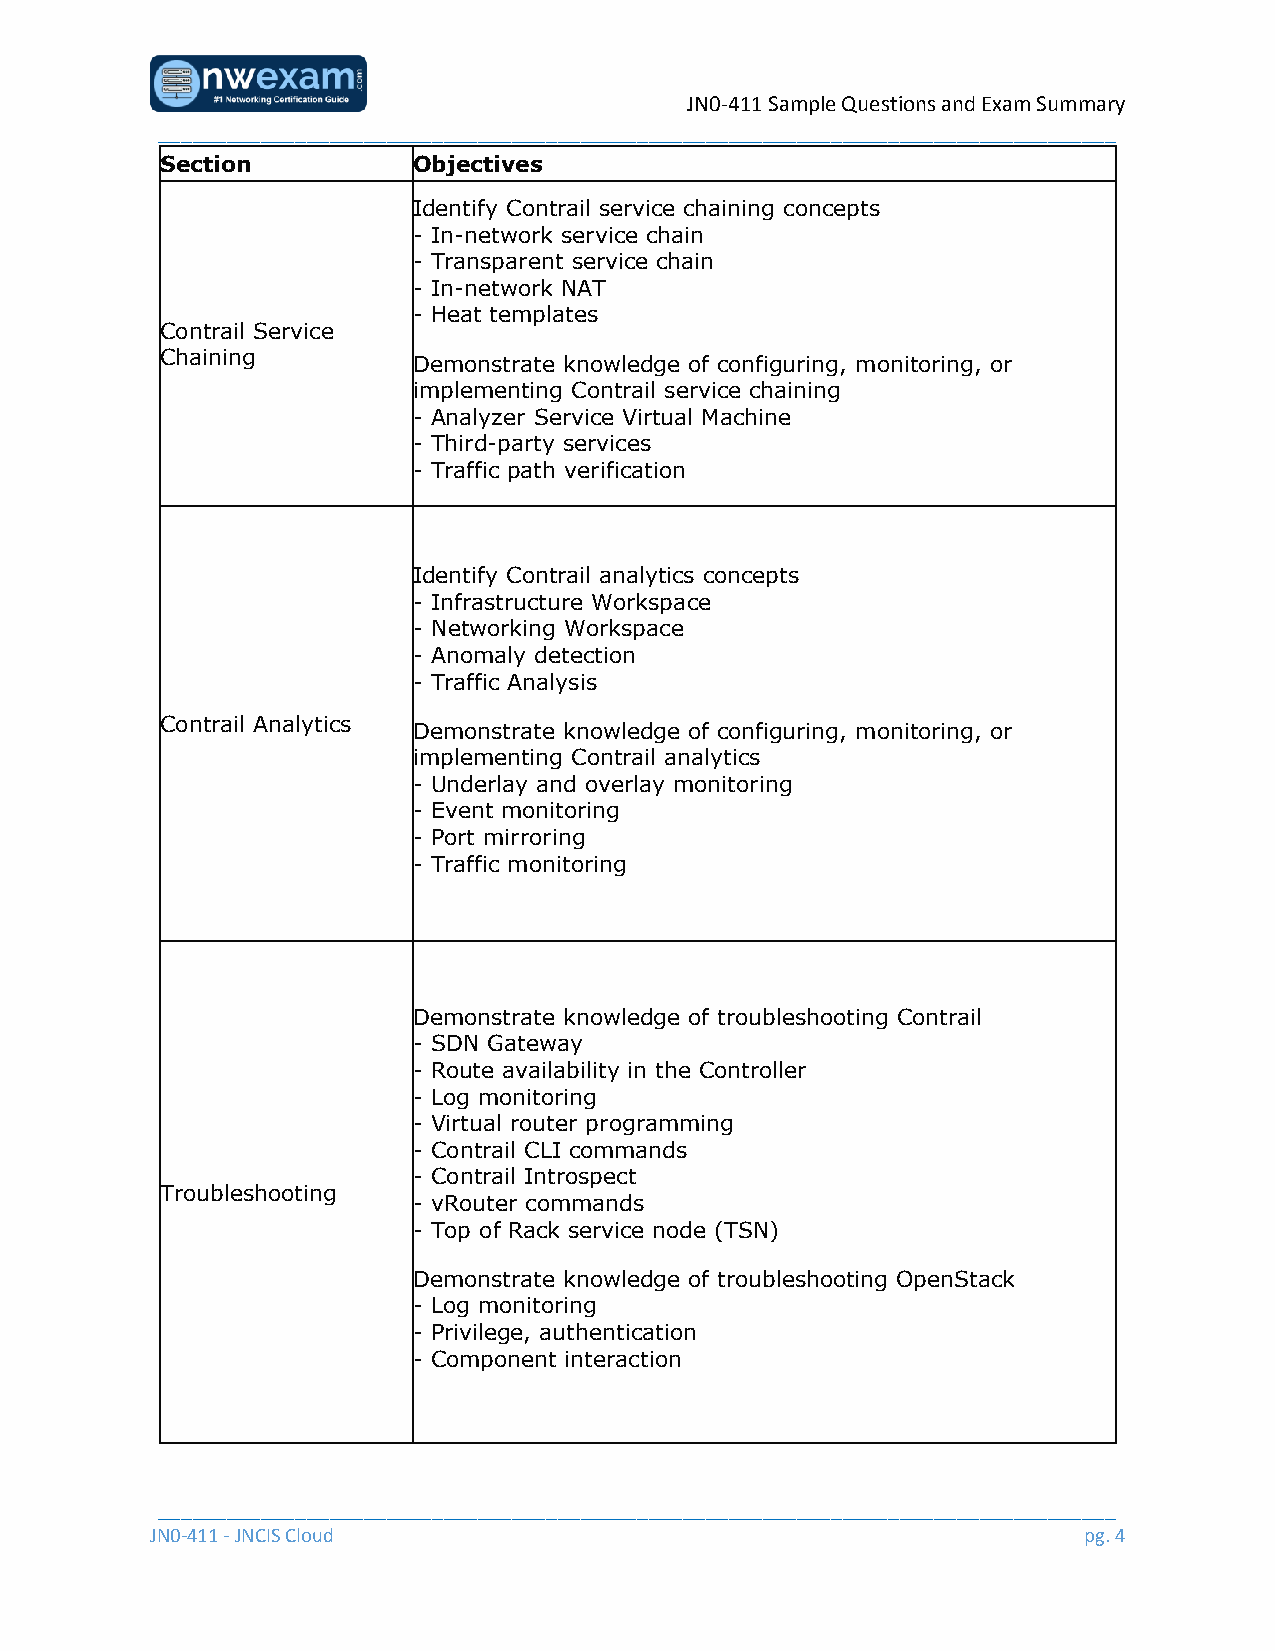
JN0-411 Sample Questions and Exam Summary
 ____________________________________________________________________________________
 Section         Objectives
 Identify Contrail service chaining concepts
 - In-network service chain
 - Transparent service chain
 - In-network NAT
 - Heat templates
 Contrail Service
 Chaining        Demonstrate knowledge of configuring, monitoring, or
 implementing Contrail service chaining
 - Analyzer Service Virtual Machine
 - Third-party services
 - Traffic path verification
 Identify Contrail analytics concepts
 - Infrastructure Workspace
 - Networking Workspace
 - Anomaly detection
 - Traffic Analysis
 Contrail Analytics Demonstrate knowledge of configuring, monitoring, or
 implementing Contrail analytics
 - Underlay and overlay monitoring
 - Event monitoring
 - Port mirroring
 - Traffic monitoring
 Demonstrate knowledge of troubleshooting Contrail
 - SDN Gateway
 - Route availability in the Controller
 - Log monitoring
 - Virtual router programming
 - Contrail CLI commands
 - Contrail Introspect
 Troubleshooting
 - vRouter commands
 - Top of Rack service node (TSN)
 Demonstrate knowledge of troubleshooting OpenStack
 - Log monitoring
 - Privilege, authentication
 - Component interaction
 ____________________________________________________________________________________
 JN0-411 - JNCIS Cloud                                         pg. 4